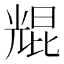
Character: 尡